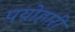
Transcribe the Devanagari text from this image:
पयोहारी